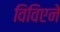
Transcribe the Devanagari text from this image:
विविएने